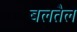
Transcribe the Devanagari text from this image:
बलतैल